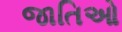
જાતિઓ